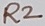
Text: R2